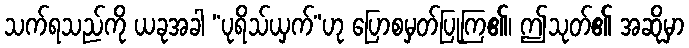
သက်ရသည်ကို ယခုအခါ “ပုရိသ်ယှက်”ဟု ပြောစမှတ်ပြုကြ၏၊ ဤသုတ်၏ အဆိုမှာ